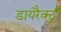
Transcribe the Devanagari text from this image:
डायरैक्ट्री